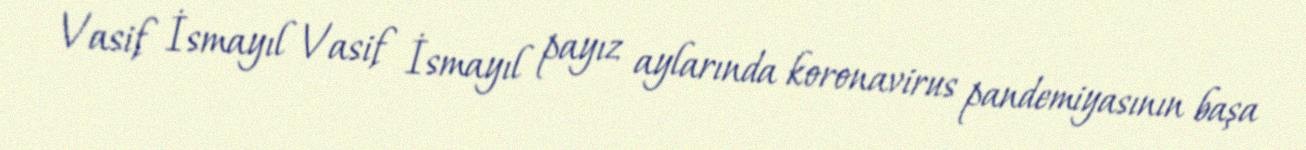
Vasif İsmayıl Vasif İsmayıl payız aylarında koronavirus pandemiyasının başa